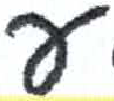
אות: ע